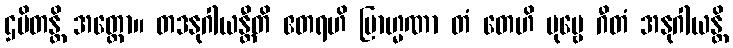
ဌပိတန္တိ အတ္ထော။ တဒနုဂါယန္တီတိ ဧတရဟိ ဗြာဟ္မဏာ တံ တေဟိ ပုဗ္ဗေ ဂီတံ အနုဂါယန္တိ